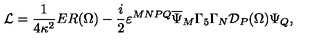
{ \cal L } = \frac { 1 } { 4 \kappa ^ { 2 } } E R ( \Omega ) - \frac { i } { 2 } \varepsilon ^ { M N P Q } \overline { { \Psi } } _ { M } \Gamma _ { 5 } \Gamma _ { N } { \cal D } _ { P } ( \Omega ) \Psi _ { Q } ,